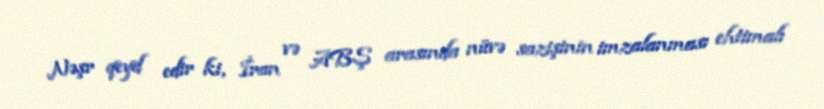
Nəşr qeyd edir ki, İran və ABŞ arasında nüvə sazişinin imzalanması ehtimalı